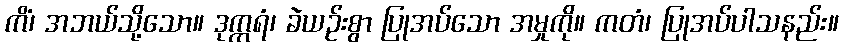
ကိံ၊ အဘယ်သို့သော။ ဒုက္ကရံ၊ ခဲယဉ်းစွာ ပြုအပ်သော အမှုကို။ ကတံ၊ ပြုအပ်ပါသနည်း။